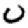
Digit: 0